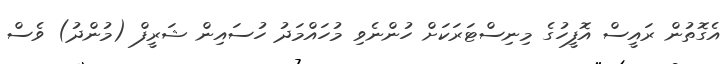
އެގޮތުން ރައީސް އޮފީހުގެ މިނިސްޓަރަކަށް ހުންނެވި މުހައްމަދު ހުސައިން ޝަރީފް (މުންދު) ވެސް